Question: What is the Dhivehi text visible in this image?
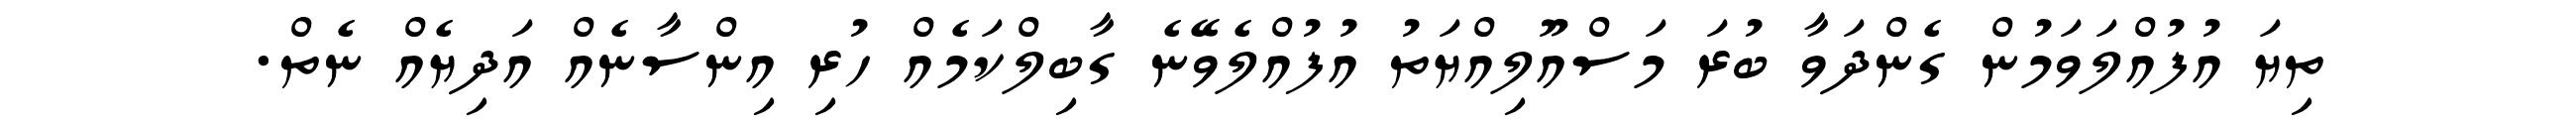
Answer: ތިޔަ އުފުއްލަވަމުން ގެންދަވާ ބުރަ މަސްއޫލިއްޔަތު އުފުއްލެވޭނެ ގާބިލްކަމެއް ހުރި އިންސާނެއް އަދިޔެއް ނެތް.